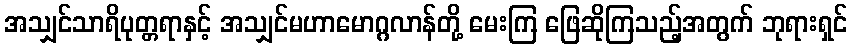
အသျှင်သာရိပုတ္တရာနှင့် အသျှင်မဟာမောဂ္ဂလာန်တို့ မေးကြ ဖြေဆိုကြသည့်အတွက် ဘုရားရှင်